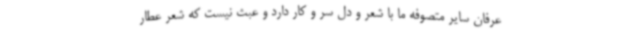
عرفان سایر متصوفه ما با شعر و دل سر و کار دارد و عبث نیست که شعر عطار